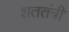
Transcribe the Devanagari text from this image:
शततंत्री